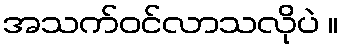
အသက်ဝင်လာသလိုပဲ ။